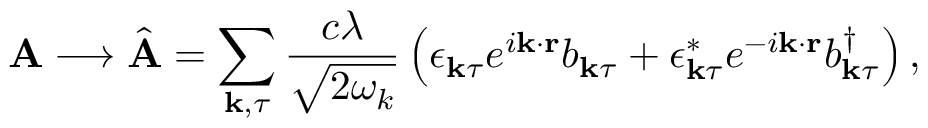
\mathbf { A } \longrightarrow \hat { \mathbf { A } } = \sum _ { \mathbf { k } , \tau } \frac { c \lambda } { \sqrt { 2 \omega _ { k } } } \left( \boldsymbol { \epsilon } _ { \mathbf { k } \tau } e ^ { i \mathbf { k } \cdot \mathbf { r } } b _ { \mathbf { k } \tau } + \boldsymbol { \epsilon } _ { \mathbf { k } \tau } ^ { * } e ^ { - i \mathbf { k } \cdot \mathbf { r } } b _ { \mathbf { k } \tau } ^ { \dagger } \right) ,